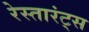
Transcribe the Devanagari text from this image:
रेस्तारंट्स